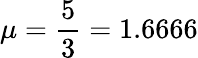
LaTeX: \mu=\frac{5}{3}=1.6666